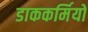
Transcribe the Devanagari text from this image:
डाककर्मियों